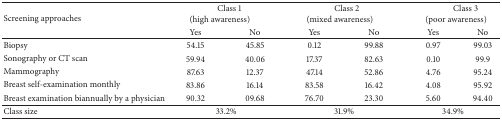
<table><thead><tr><td rowspan="2"><b>Screening approaches</b></td><td colspan="2"><b>Class 1 (high awareness)</b></td><td colspan="2"><b>Class 2 (mixed awareness)</b></td><td colspan="2"><b>Class 3 (poor awareness)</b></td></tr><tr><td><b>Yes</b></td><td><b>No</b></td><td><b>Yes</b></td><td><b>No</b></td><td><b>Yes</b></td><td><b>No</b></td></tr></thead><tbody><tr><td>Biopsy</td><td>54.15</td><td>45.85</td><td>0.12</td><td>99.88</td><td>0.97</td><td>99.03</td></tr><tr><td>Sonography or CT scan</td><td>59.94</td><td>40.06</td><td>17.37</td><td>82.63</td><td>0.10</td><td>99.9</td></tr><tr><td>Mammography </td><td>87.63</td><td>12.37</td><td>47.14</td><td>52.86</td><td>4.76</td><td>95.24</td></tr><tr><td>Breast self-examination monthly</td><td>83.86</td><td>16.14</td><td>83.58</td><td>16.42</td><td>4.08</td><td>95.92</td></tr><tr><td>Breast examination biannually by a physician </td><td>90.32</td><td>09.68</td><td>76.70</td><td>23.30</td><td>5.60</td><td>94.40</td></tr><tr><td>Class size</td><td colspan="2">33.2%</td><td colspan="2">31.9%</td><td colspan="2">34.9%</td></tr></tbody></table>